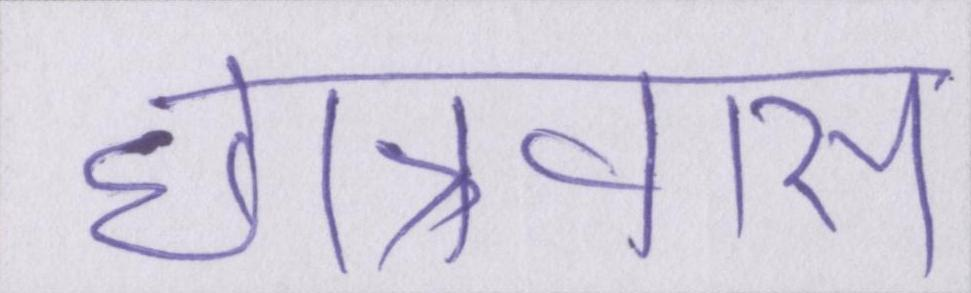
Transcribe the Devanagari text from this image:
छात्रावास